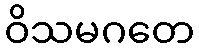
ဝိသမဂတေ